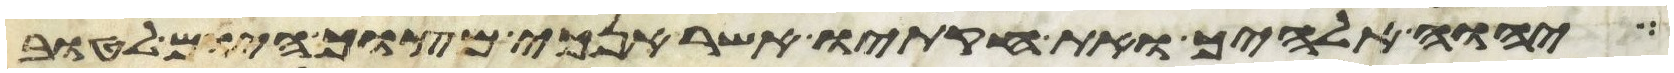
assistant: יהוה אלהיך ואת חקתיו אשר אנכי מצוך היום לטוב